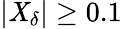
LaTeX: \left|\mathit{X}_{\delta}\right|\geq0.1